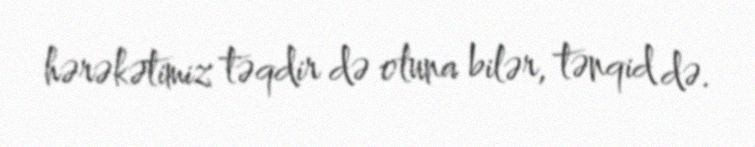
hərəkətimiz təqdir də oluna bilər, tənqid də.